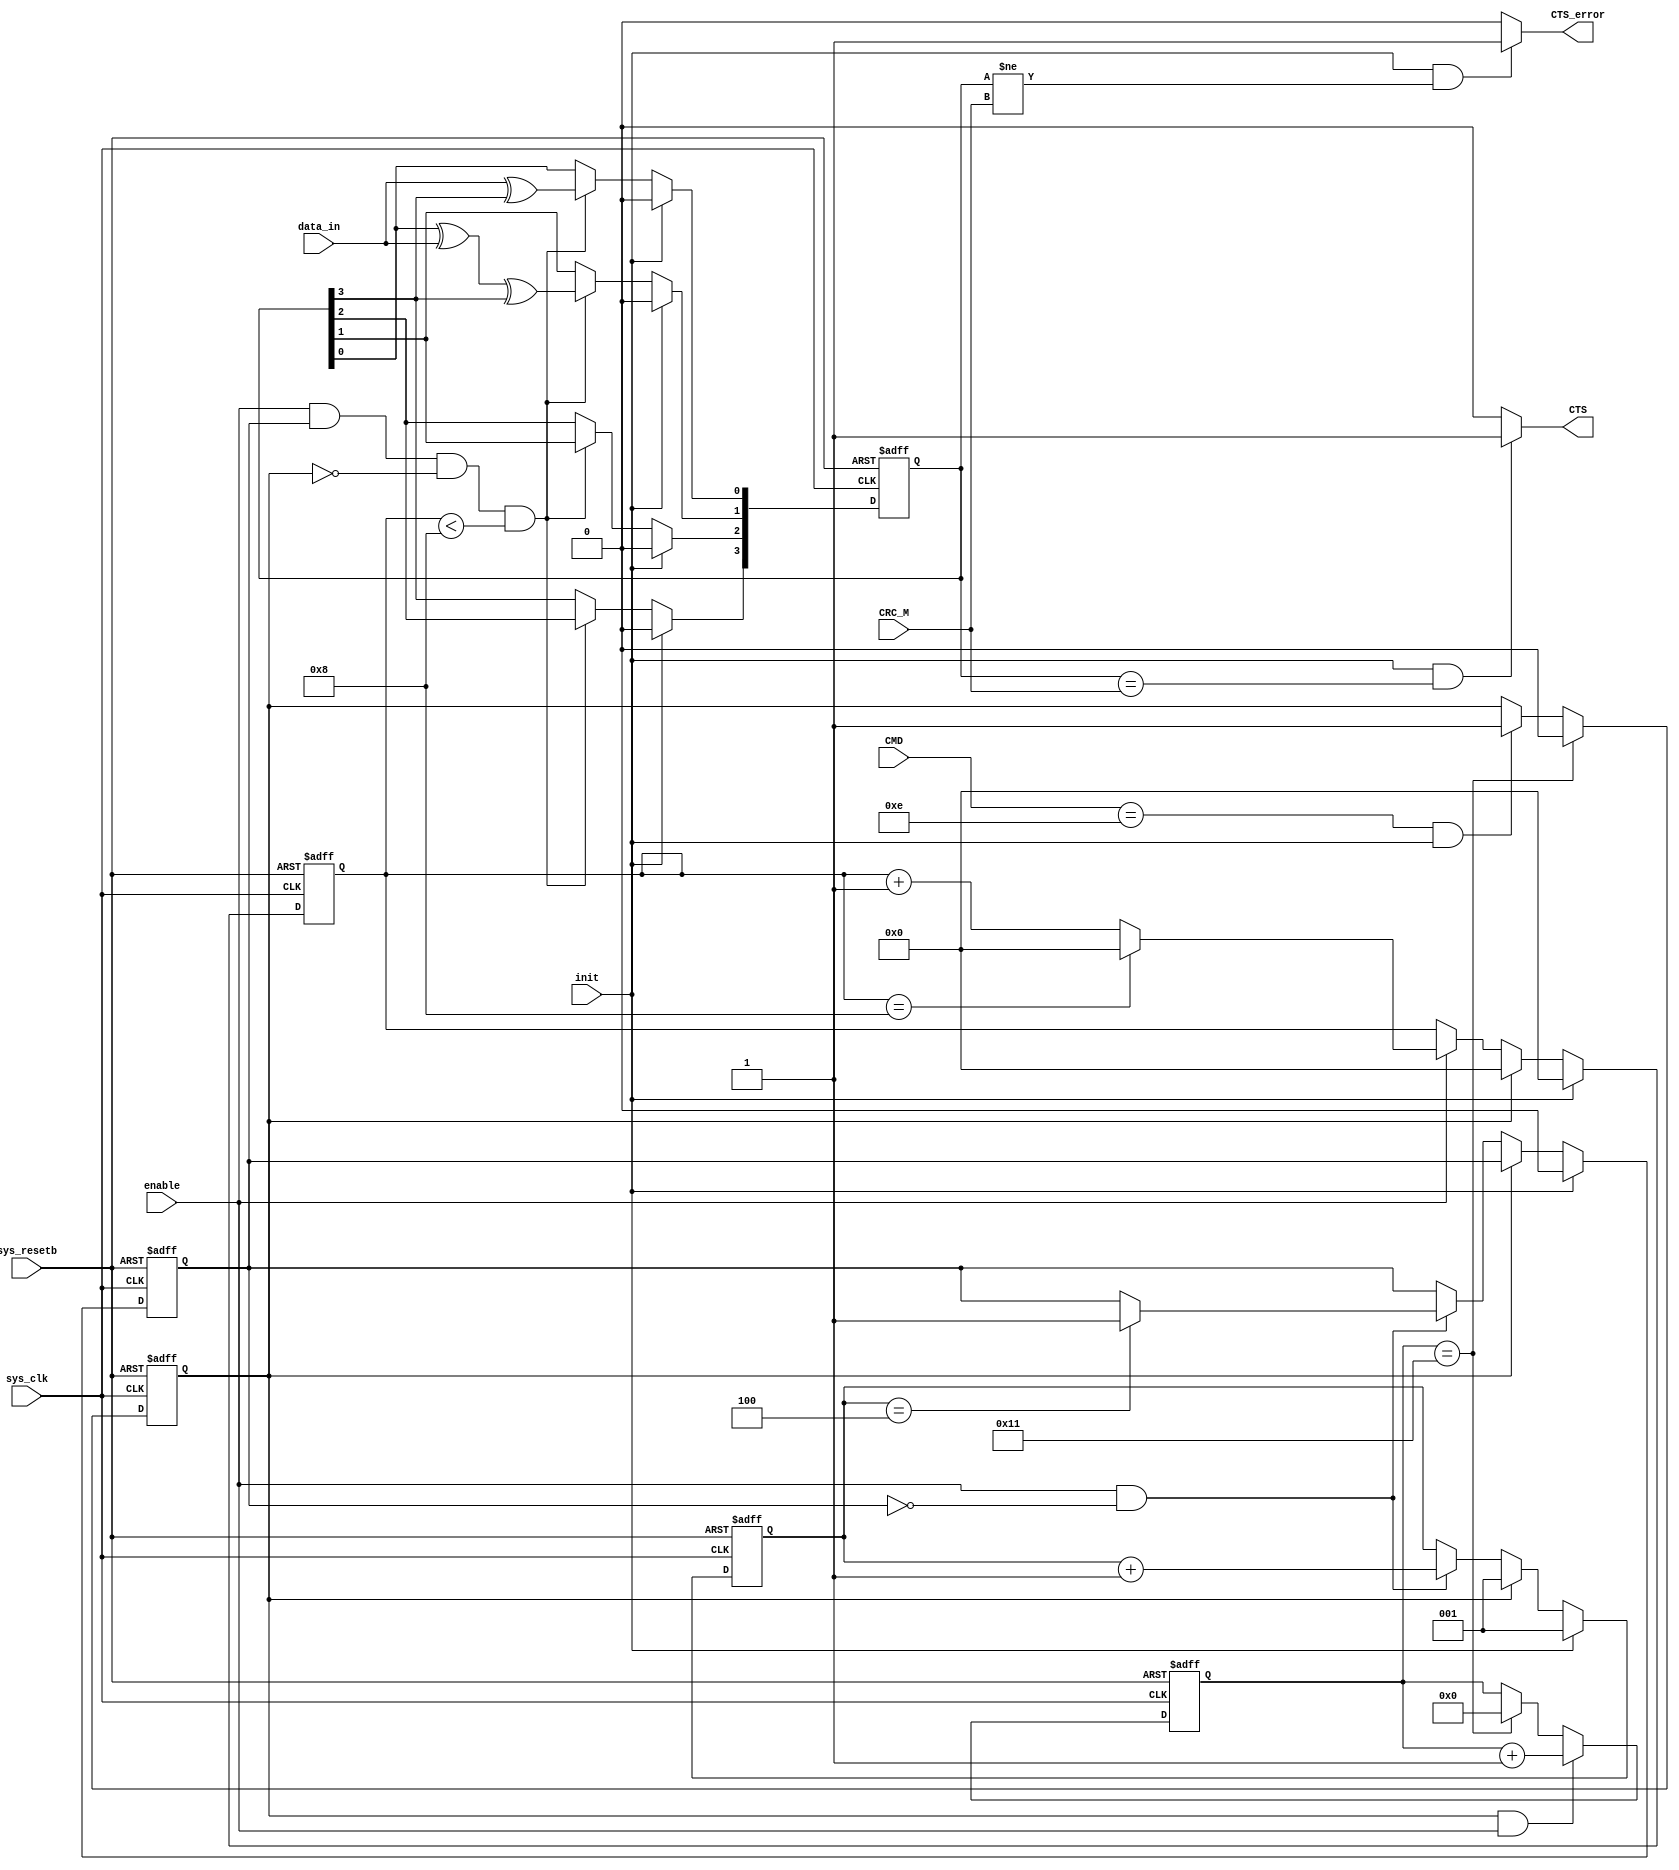

module serial_crc_ccitt (
sys_clk     ,
sys_resetb   ,
enable  ,
//init    , 
data_in ,
CMD, 
CRC_M,
init,

CTS,
CTS_error
);
//-----------Input Ports---------------
input        sys_clk;
input        sys_resetb;
input        enable;              // ??? -> shift  
//input init    ;
input       data_in;             // 1? ??
input [3:0] CMD;
input [3:0] CRC_M;         // ??? ? CRC ???
input       init;          // ??? ? ?? ???? 1
//-----------Output Ports---------------
output       CTS;          // Clear To Send
output       CTS_error;    // Clear To Send ?? CRC ? ??
//------------Internal Variables--------
reg  [3:0] lfsr;
reg  [2:0] count_init;
reg        flag;
reg  [3:0] enable_counter;
reg        report_flag;
reg  [5:0] count_enable;

wire [3:0] crc_out;
//-------------Code Start-----------------
assign crc_out = lfsr;
assign CTS           = (init==1'b1&&crc_out==CRC_M)? 1'b1 : 1'b0; // ??? ? ?? ???? Clear To Send
assign CTS_error     = (init==1'b1&&crc_out!=CRC_M)? 1'b1 : 1'b0; // ??? ? ?? ???? Clear To Send Error(CRC? ?)
// Logic to CRC Calculation
///////////////////////////////////////////////////////////////////////////////////////////////////////////////////////////////////////////////////
///////////////////////////////////////////////////////////////////////////////////////////////////////////////////////////////////////////////////
///////////////////////////////////////////////////////////////////////////////////////////////////////////////////////////////////////////////////
///////////////////////////////////////////////////////////////////////////////////////////////////////////////////////////////////////////////////
///////////////////////////////////////////////////////////////////////////////////////////////////////////////////////////////////////////////////
///////////////////////////////////////////////////////////////////////////////////////////////////////////////////////////////////////////////////
always @ (posedge sys_clk or negedge sys_resetb)
if (!sys_resetb) begin
  lfsr <= 4'b0000;
end 
else if (init) begin
  lfsr <= 4'b0000;
end
else if (enable==1'b1&&flag==1'b1&&!report_flag&&enable_counter<4'h8) begin // enable == shift, CRC_M ?? ???? ??? ?(flag==1'b1),enable_counter -> 1 byte(0~7) calculate
    lfsr[0]  <= data_in ^ lfsr[3];                            // ???  CRC-4-ITU? ????? 
    lfsr[1]  <= lfsr[0] ^ data_in ^ lfsr[3];
    lfsr[2]  <= lfsr[1];
    lfsr[3]  <= lfsr[2];
end 

always@(posedge sys_clk or negedge sys_resetb) begin
  if(!sys_resetb) begin
    report_flag <= 1'b0;
  end
  else if(count_enable==5'd17) begin
    report_flag <= 1'b0;
  end  
  else if(CMD==4'b1110&&init)begin
    report_flag <= 1'b1;
  end
end

always@(posedge sys_clk or negedge sys_resetb) begin
  if(!sys_resetb) begin
    count_enable <= 5'b0;
  end
  else if(report_flag==1'b1&&enable) begin
    count_enable <= count_enable + 1'b1;
  end  
  else if(count_enable==5'd17) begin
    count_enable <= 5'b0;
  end
  else begin
    count_enable <= count_enable;
  end
end

////////////////////////////////////////////////////////////////////////////////////////////////
always @ (posedge sys_clk or negedge sys_resetb)begin
if (!sys_resetb) begin
  flag <= 1'b0;
  count_init <= 1'b1;
end
else if (init) begin
  flag <= 1'b0;
  count_init <= 3'd1;
end
else if(report_flag) begin
  count_init <= 3'b1;
end
else if (enable==1'b1&&flag==1'b0) begin
  count_init <= count_init + 1'b1;
  if(count_init==3'd4) begin
    flag <= 1'b1;
  end
end
end
////////////////////////////////////////////////////////////////////////////////////////////////{CRC_M,CMD} ??? ? ? Byte?? 4? Bit? ?? ?? 
///////////////////////////////////////////////////////////////////////////////////////////////////////////////////////////////////////////////////
///////////////////////////////////////////////////////////////////////////////////////////////////////////////////////////////////////////////////
///////////////////////////////////////////////////////////////////////////////////////////////////////////////////////////////////////////////////
///////////////////////////////////////////////////////////////////////////////////////////////////////////////////////////////////////////////////
///////////////////////////////////////////////////////////////////////////////////////////////////////////////////////////////////////////////////
///////////////////////////////////////////////////////////////////////////////////////////////////////////////////////////////////////////////////
always @ (posedge sys_clk or negedge sys_resetb)
begin
if (!sys_resetb) begin
    enable_counter <= 1'b0;
end
else if(init)
    enable_counter <= 1'b0;
else if(report_flag)
    enable_counter <= 4'b0;    
else if(enable) begin
    enable_counter <= enable_counter + 1'b1;
    if(enable_counter==4'd8)
       enable_counter <= 1'b0; 
end
else
    enable_counter <= enable_counter;
end
//8bit? ??, enable_counter -> 8?? 0?? ?


///////////////////////////////////////////////////////////////////////////////////////////////////////////////////////////////////////////////////
///////////////////////////////////////////////////////////////////////////////////////////////////////////////////////////////////////////////////
///////////////////////////////////////////////////////////////////////////////////////////////////////////////////////////////////////////////////
///////////////////////////////////////////////////////////////////////////////////////////////////////////////////////////////////////////////////
///////////////////////////////////////////////////////////////////////////////////////////////////////////////////////////////////////////////////
///////////////////////////////////////////////////////////////////////////////////////////////////////////////////////////////////////////////////
///////////////////////////////////////////////////////////////////////////////////////////////////////////////////////////////////////////////////
///////////////////////////////////////////////////////////////////////////////////////////////////////////////////////////////////////////////////
///////////////////////////////////////////////////////////////////////////////////////////////////////////////////////////////////////////////////
///////////////////////////////////////////////////////////////////////////////////////////////////////////////////////////////////////////////////
///////////////////////////////////////////////////////////////////////////////////////////////////////////////////////////////////////////////////
///////////////////////////////////////////////////////////////////////////////////////////////////////////////////////////////////////////////////
endmodule